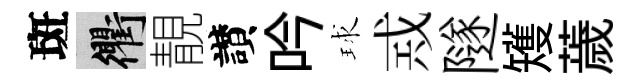
斑衢靚讃吟球𢦶隧矱薉